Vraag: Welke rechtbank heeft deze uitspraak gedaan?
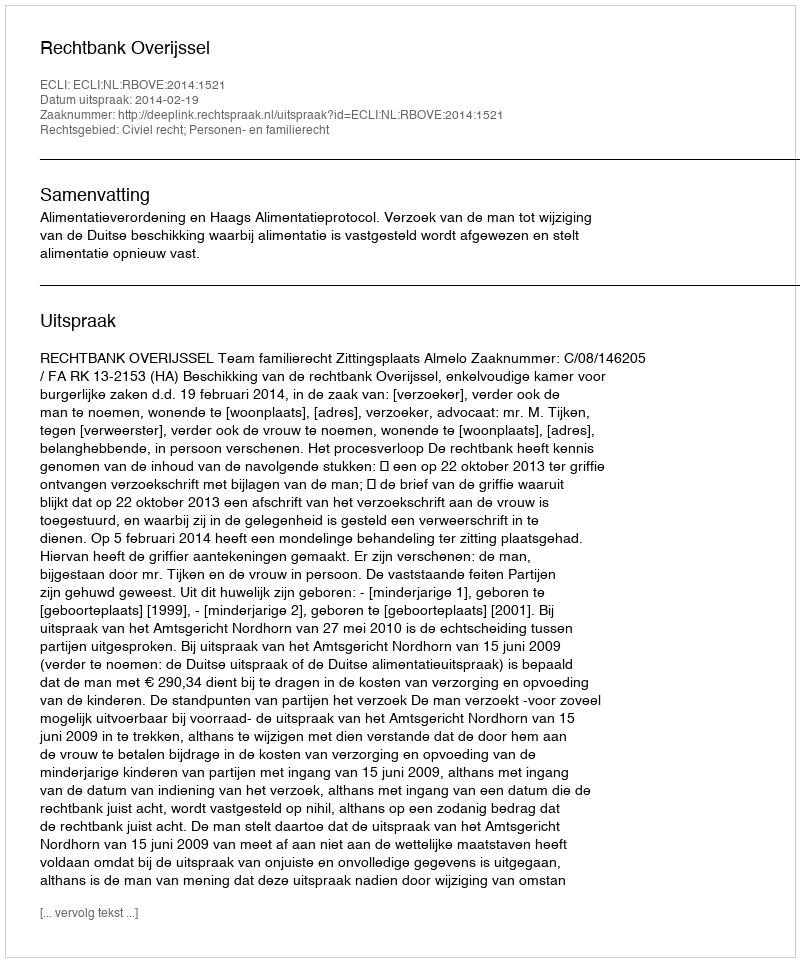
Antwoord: Rechtbank Overijssel